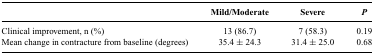
|  | Mild/Moderate | Severe | P |
 | --- | --- | --- | --- |
 | Clinical improvement, n (%) | 13 (86.7) | 7 (58.3) | 0.19 |
 | Mean change in contracture from baseline (degrees) | 35.4 ± 24.3 | 31.4 ± 25.0 | 0.68 |